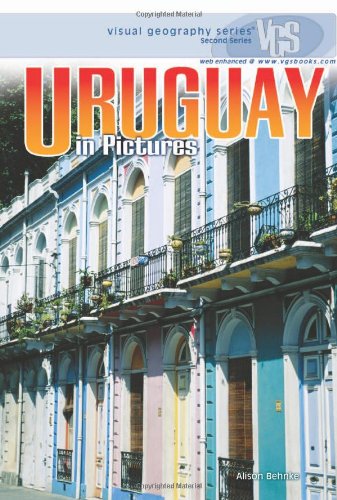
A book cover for Uruguay in Pictures (Visual Geography (Twenty-First Century)); Alison Behnke; Children's Books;